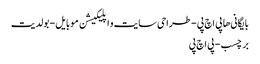
بایگانی‌ها پی اچ پی - طراحی سایت و اپلیکیشن موبایل - بولدیت
برچسب - پی اچ پی